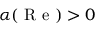
\alpha ( \mathrm { ~ R ~ e ~ } ) > 0